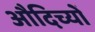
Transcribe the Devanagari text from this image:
औदिच्यों